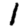
Digit: 1